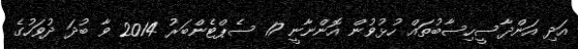
އަދި އަންދާސީހިސާބުތައް ހުޅުވުން އޮންނާނީ 17 ސެޕްޓެންބަރު 2014 ވާ ބުދަ ދުވަހުގެ